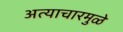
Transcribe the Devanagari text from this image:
अत्याचारमुळे